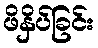
ဖိနှိပ်ခြင်း